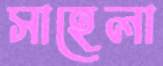
সাহেলা